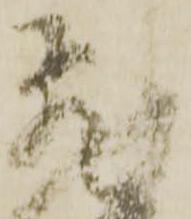
飛